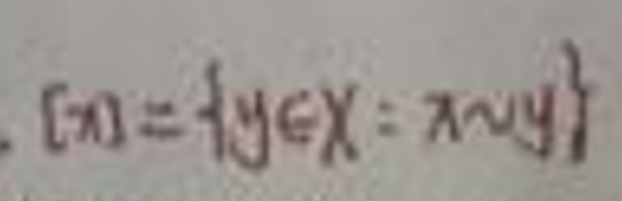
$[ x ] = \{ y \in X \mid x \sim y \}$